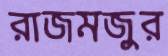
রাজমজুর